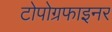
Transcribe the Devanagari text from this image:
टोपोग्रफाइनर